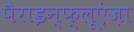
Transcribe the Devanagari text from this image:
पैराइन्फ्लूएंज़ा